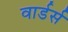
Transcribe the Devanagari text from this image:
वार्डर्स